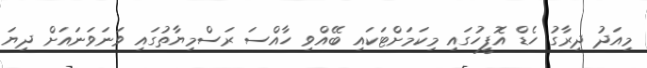
މިއަދު ދިރާގު ހެޑް އޮފީހުގައި މިކަމަށްޓަކައި ބޭއްވި ހާއްސަ ރަސްމިޔާތުގައި ވަނަވަނައަށް ދިޔަ